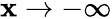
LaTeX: \mathbf{x}\rightarrow-\infty